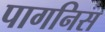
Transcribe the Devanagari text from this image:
पागनिस